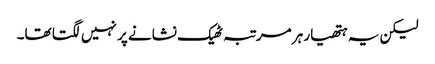
لیکن یہ ہتھیار ہر مرتبہ ٹھیک نشانے پر نہیں لگتا تھا۔